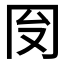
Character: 𱏻